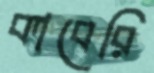
কাবেরি